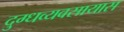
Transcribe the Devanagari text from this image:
दुग्धव्यवसायास